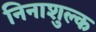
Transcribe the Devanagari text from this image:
निनाशुल्क